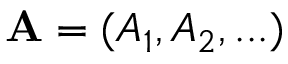
\mathbf { A } = ( A _ { 1 } , A _ { 2 } , . . . )